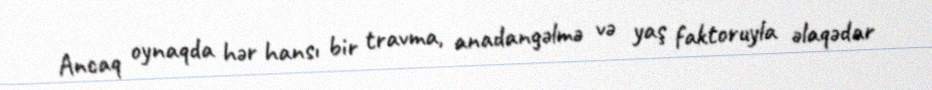
Ancaq oynaqda hər hansı bir travma, anadangəlmə və yaş faktoruyla əlaqədar